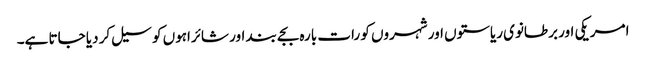
امریکی اور برطانوی ریاستوں اور شہروں کو رات بارہ بجے بند اور شائراہوں کو سیل کر دیا جاتا ہے۔